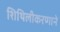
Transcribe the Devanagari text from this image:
शिथिलीकरणाने